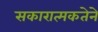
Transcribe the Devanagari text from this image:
सकारात्मकतेने